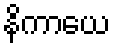
နိကာယေ